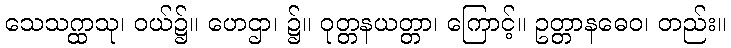
သေသဂ္ထာသု၊ ဝယ်၌။ ဟေဌာ၊ ၌။ ဝုတ္တနယတ္တာ၊ ကြောင့်။ ဥတ္တာနဓေဝ၊ တည်း။